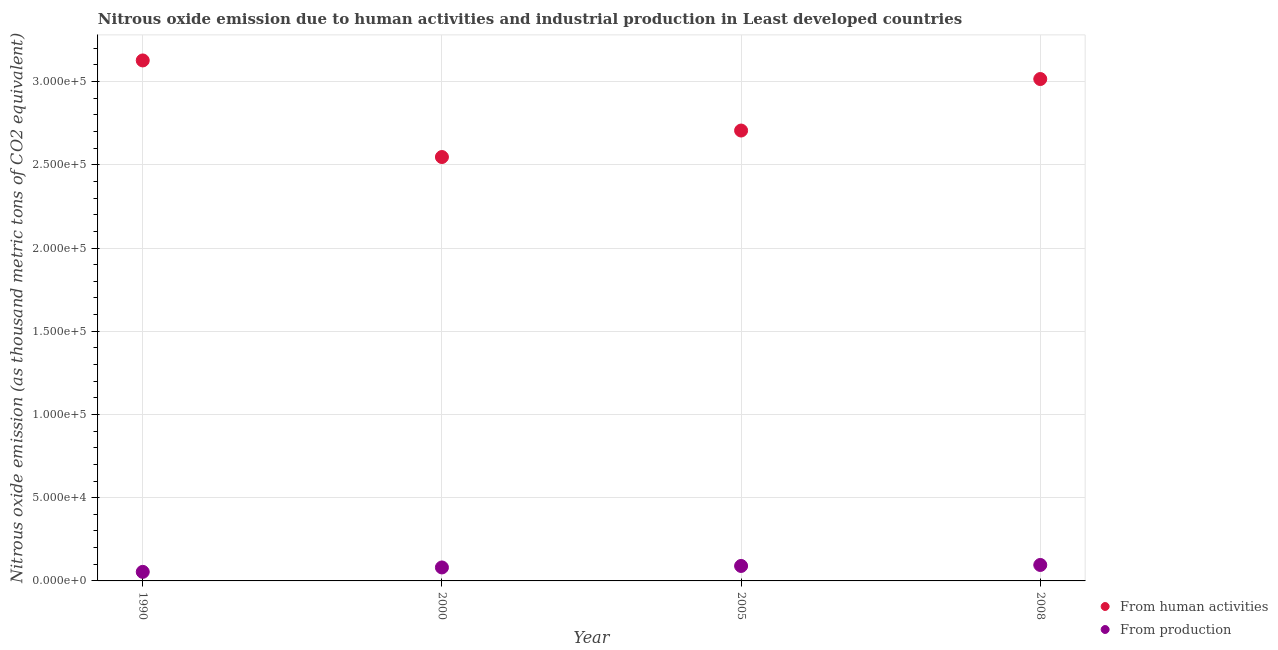
| Year | From human activities | From production |
 | --- | --- | --- |
 | 1990 | 3.13e+05 | 5.44e+03 |
 | 2000 | 2.55e+05 | 8.09e+03 |
 | 2005 | 2.71e+05 | 8.99e+03 |
 | 2008 | 3.02e+05 | 9.59e+03 |